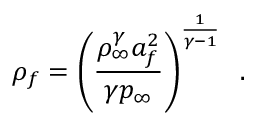
{ \rho _ { f } = \left( \frac { \rho _ { \infty } ^ { \gamma } a _ { f } ^ { 2 } } { \gamma p _ { \infty } } \right) ^ { \frac { 1 } { \gamma - 1 } } \, \mathrm { ~ . ~ } }